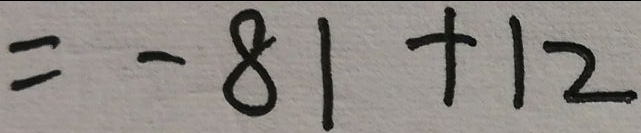
= - 8 1 + 1 2